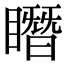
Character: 䁮